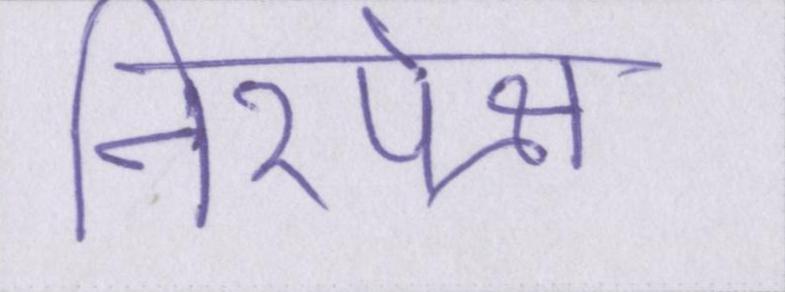
निरपेक्ष